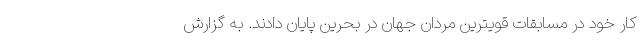
کار خود در مسابقات قویترین مردان جهان در بحرین پایان دادند. به گزارش